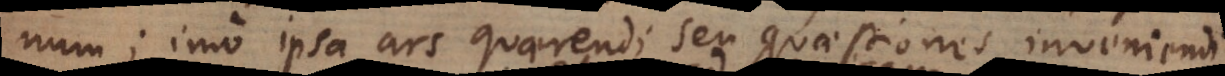
num; imo ipsa ars quaerendi seu quaestiones inveniendi